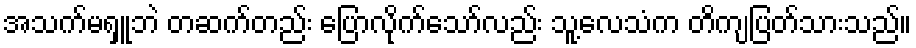
အသက်မရှူဘဲ တဆက်တည်း ပြောလိုက်သော်လည်း သူ့လေသံက တိကျပြတ်သားသည်။